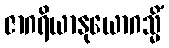
ဇာဂရိယာနုယောဂသ္မိံ